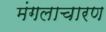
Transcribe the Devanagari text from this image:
मंगलाचारण